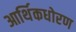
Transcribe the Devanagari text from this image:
आर्थिकधोरण